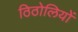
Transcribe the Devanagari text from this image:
ठिठोलियों